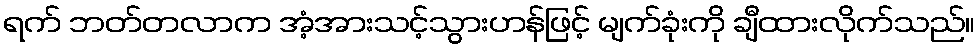
ရက် ဘတ်တလာက အံ့အားသင့်သွားဟန်ဖြင့် မျက်ခုံးကို ချီထားလိုက်သည်။